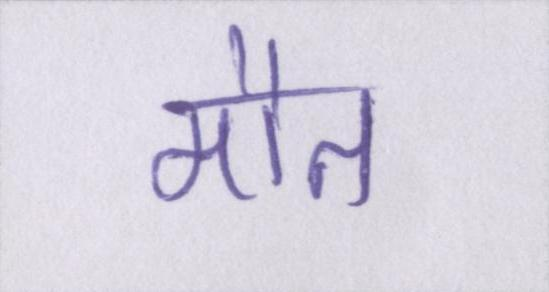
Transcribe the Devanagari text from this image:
मौत